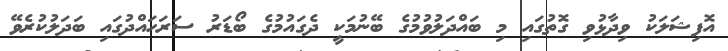
އޮފިޝަލަކު ވިދާޅުވި ގޮތުގައި މި ބައްދަލުވުމުގެ ބޭނުމަކީ ދެގައުމުގެ ބޯޑަރު ސަރަހައްދުގައި ބަދަލުކުރެވޭ